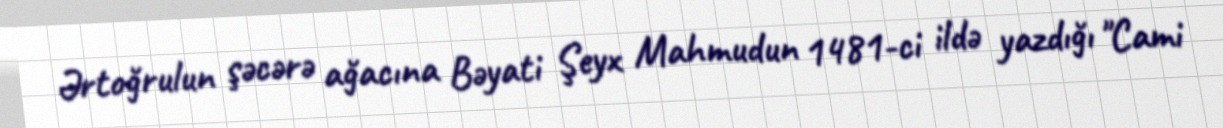
Ərtoğrulun şəcərə ağacına Bəyati Şeyx Mahmudun 1481-ci ildə yazdığı "Cami